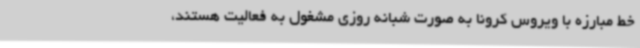
خط مبارزه با ویروس کرونا به صورت شبانه روزی مشغول به فعالیت هستند،